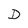
Character: D